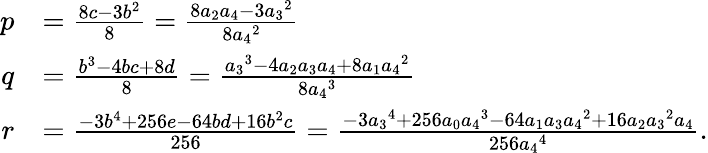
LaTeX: {\begin{array}{rl}{p}&{={\frac{8c-3b^{2}}{8}}={\frac{8a_{2}a_{4}-3{a_{3}}^{2}}{8{a_{4}}^{2}}}}\\ {q}&{={\frac{b^{3}-4bc+8d}{8}}={\frac{{a_{3}}^{3}-4a_{2}a_{3}a_{4}+8a_{1}{a_{4}}^{2}}{8{a_{4}}^{3}}}}\\ {r}&{={\frac{-3b^{4}+256e-64bd+16b^{2}c}{256}}={\frac{-3{a_{3}}^{4}+256a_{0}{a_{4}}^{3}-64a_{1}a_{3}{a_{4}}^{2}+16a_{2}{a_{3}}^{2}a_{4}}{256{a_{4}}^{4}}}.}\end{array}}